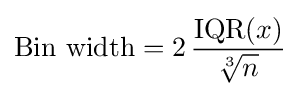
{\text{Bin width}}=2\,{{\text{IQR}}(x) \over {\sqrt[{3}]{n}}}